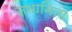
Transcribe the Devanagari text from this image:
सभागिता